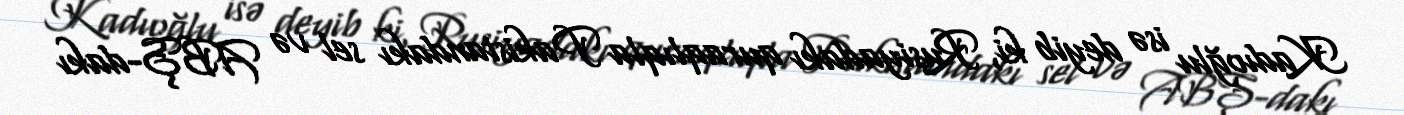
Kadıoğlu isə deyib ki, Rusiyadakı quraqlıqla Pakistandakı sel və ABŞ-dakı